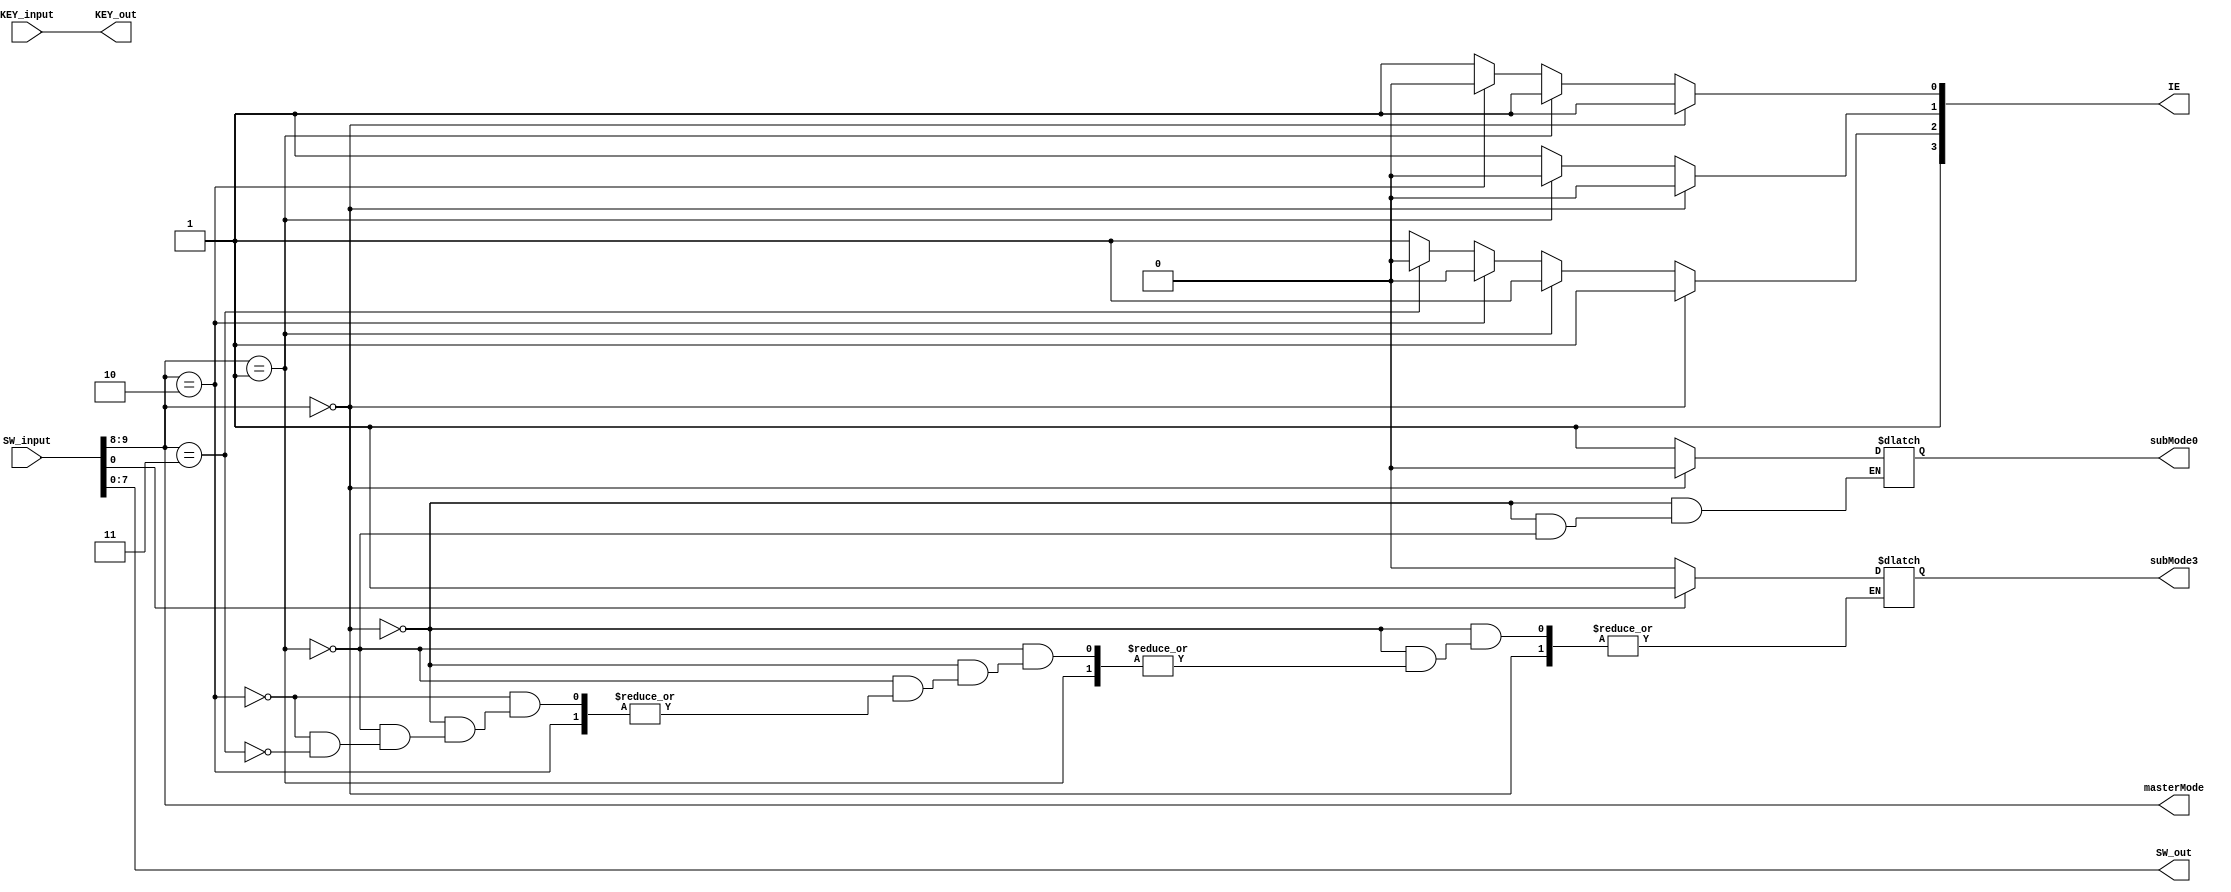
// masterMode : controls the mode of SAP1
//   0 : Read from RAM
//   1 : Write to RAM
//   2 : Run SAP1, display values
//    submode:
//       0 :
//   3 : Auto/Manual selection mode
//    submode:
//       0 : Manual, 1 : Auto
// SW_input : bit 8 & 9 are reserved for masterMode selection, other bits are used for input
// 	subMode0 : mode for RAM_Controller
// 	subMode3 : mode for ClockManager
// KEY_input : capture the input device to be distributed to other modules via KEY_out
// KEY_out   : a forward input mechanism from KEY_input (optional as inputs may tap directly from KEY_input, see Top file)
// IE : provides IE for other submodules, active low
//    0 : SAP1
//    1 : RAM_Controller
//    2 : Clock Manager
module InputManager(masterMode, subMode0, subMode3, IE, SW_input, KEY_input, SW_out, KEY_out);
	input [9:0] SW_input;
	input [3:0] KEY_input;
	
	output reg [7:0] SW_out = 0;
	output reg [3:0] KEY_out = 0;
	
	output [1:0] masterMode;
	output reg subMode0 = 0, subMode3 = 0;
	output reg [3:0] IE = 4'hf;
	
	assign masterMode = {SW_input[9], SW_input[8]};
	
	always @(SW_input, KEY_input, masterMode) begin
		IE = 4'hf;	
		SW_out = SW_input;
		KEY_out = KEY_input;
		
		// Read from RAM Mode
		if (masterMode == 0) begin
			// enable RAM Controller inputs
			IE[0] = 1;
			IE[1] = 0;
			IE[2] = 1;
			subMode0 = 0;
		end
		// Write to RAM Mode
		else if (masterMode == 1) begin
			// enable RAM Controller inputs
			IE[0] = 1;
			IE[1] = 0;
			IE[2] = 1;
			
			subMode0 = 1;
		end
		// Run Mode
		// Enable SAP1 and ClockManager
		else if (masterMode == 2) begin
			// enable SAP1 and Clock Manager only
			IE[0] = 0;
			IE[1] = 1;
			IE[2] = 0;
		end
		// Clock Select mode
		else if (masterMode == 3) begin
			// enable Clock Manager only
			IE[0] = 1;
			IE[1] = 1;
			IE[2] = 0;
			
			// subMode3 : 0 (manual), 1 (auto)
			if (SW_input[0] == 0) subMode3 = 0;
			else subMode3 = 1;
		end
		else
			IE = 4'hf;
	end
endmodule